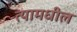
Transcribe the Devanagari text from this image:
त्‍यामधील